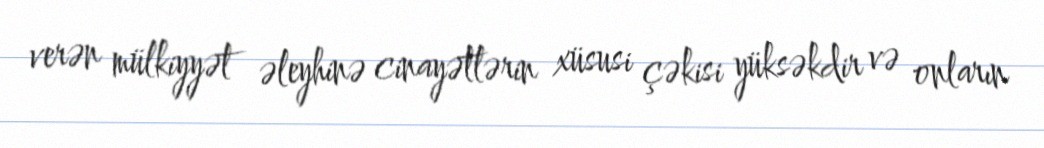
verən mülkiyyət əleyhinə cinayətlərin xüsusi çəkisi yüksəkdir və onların